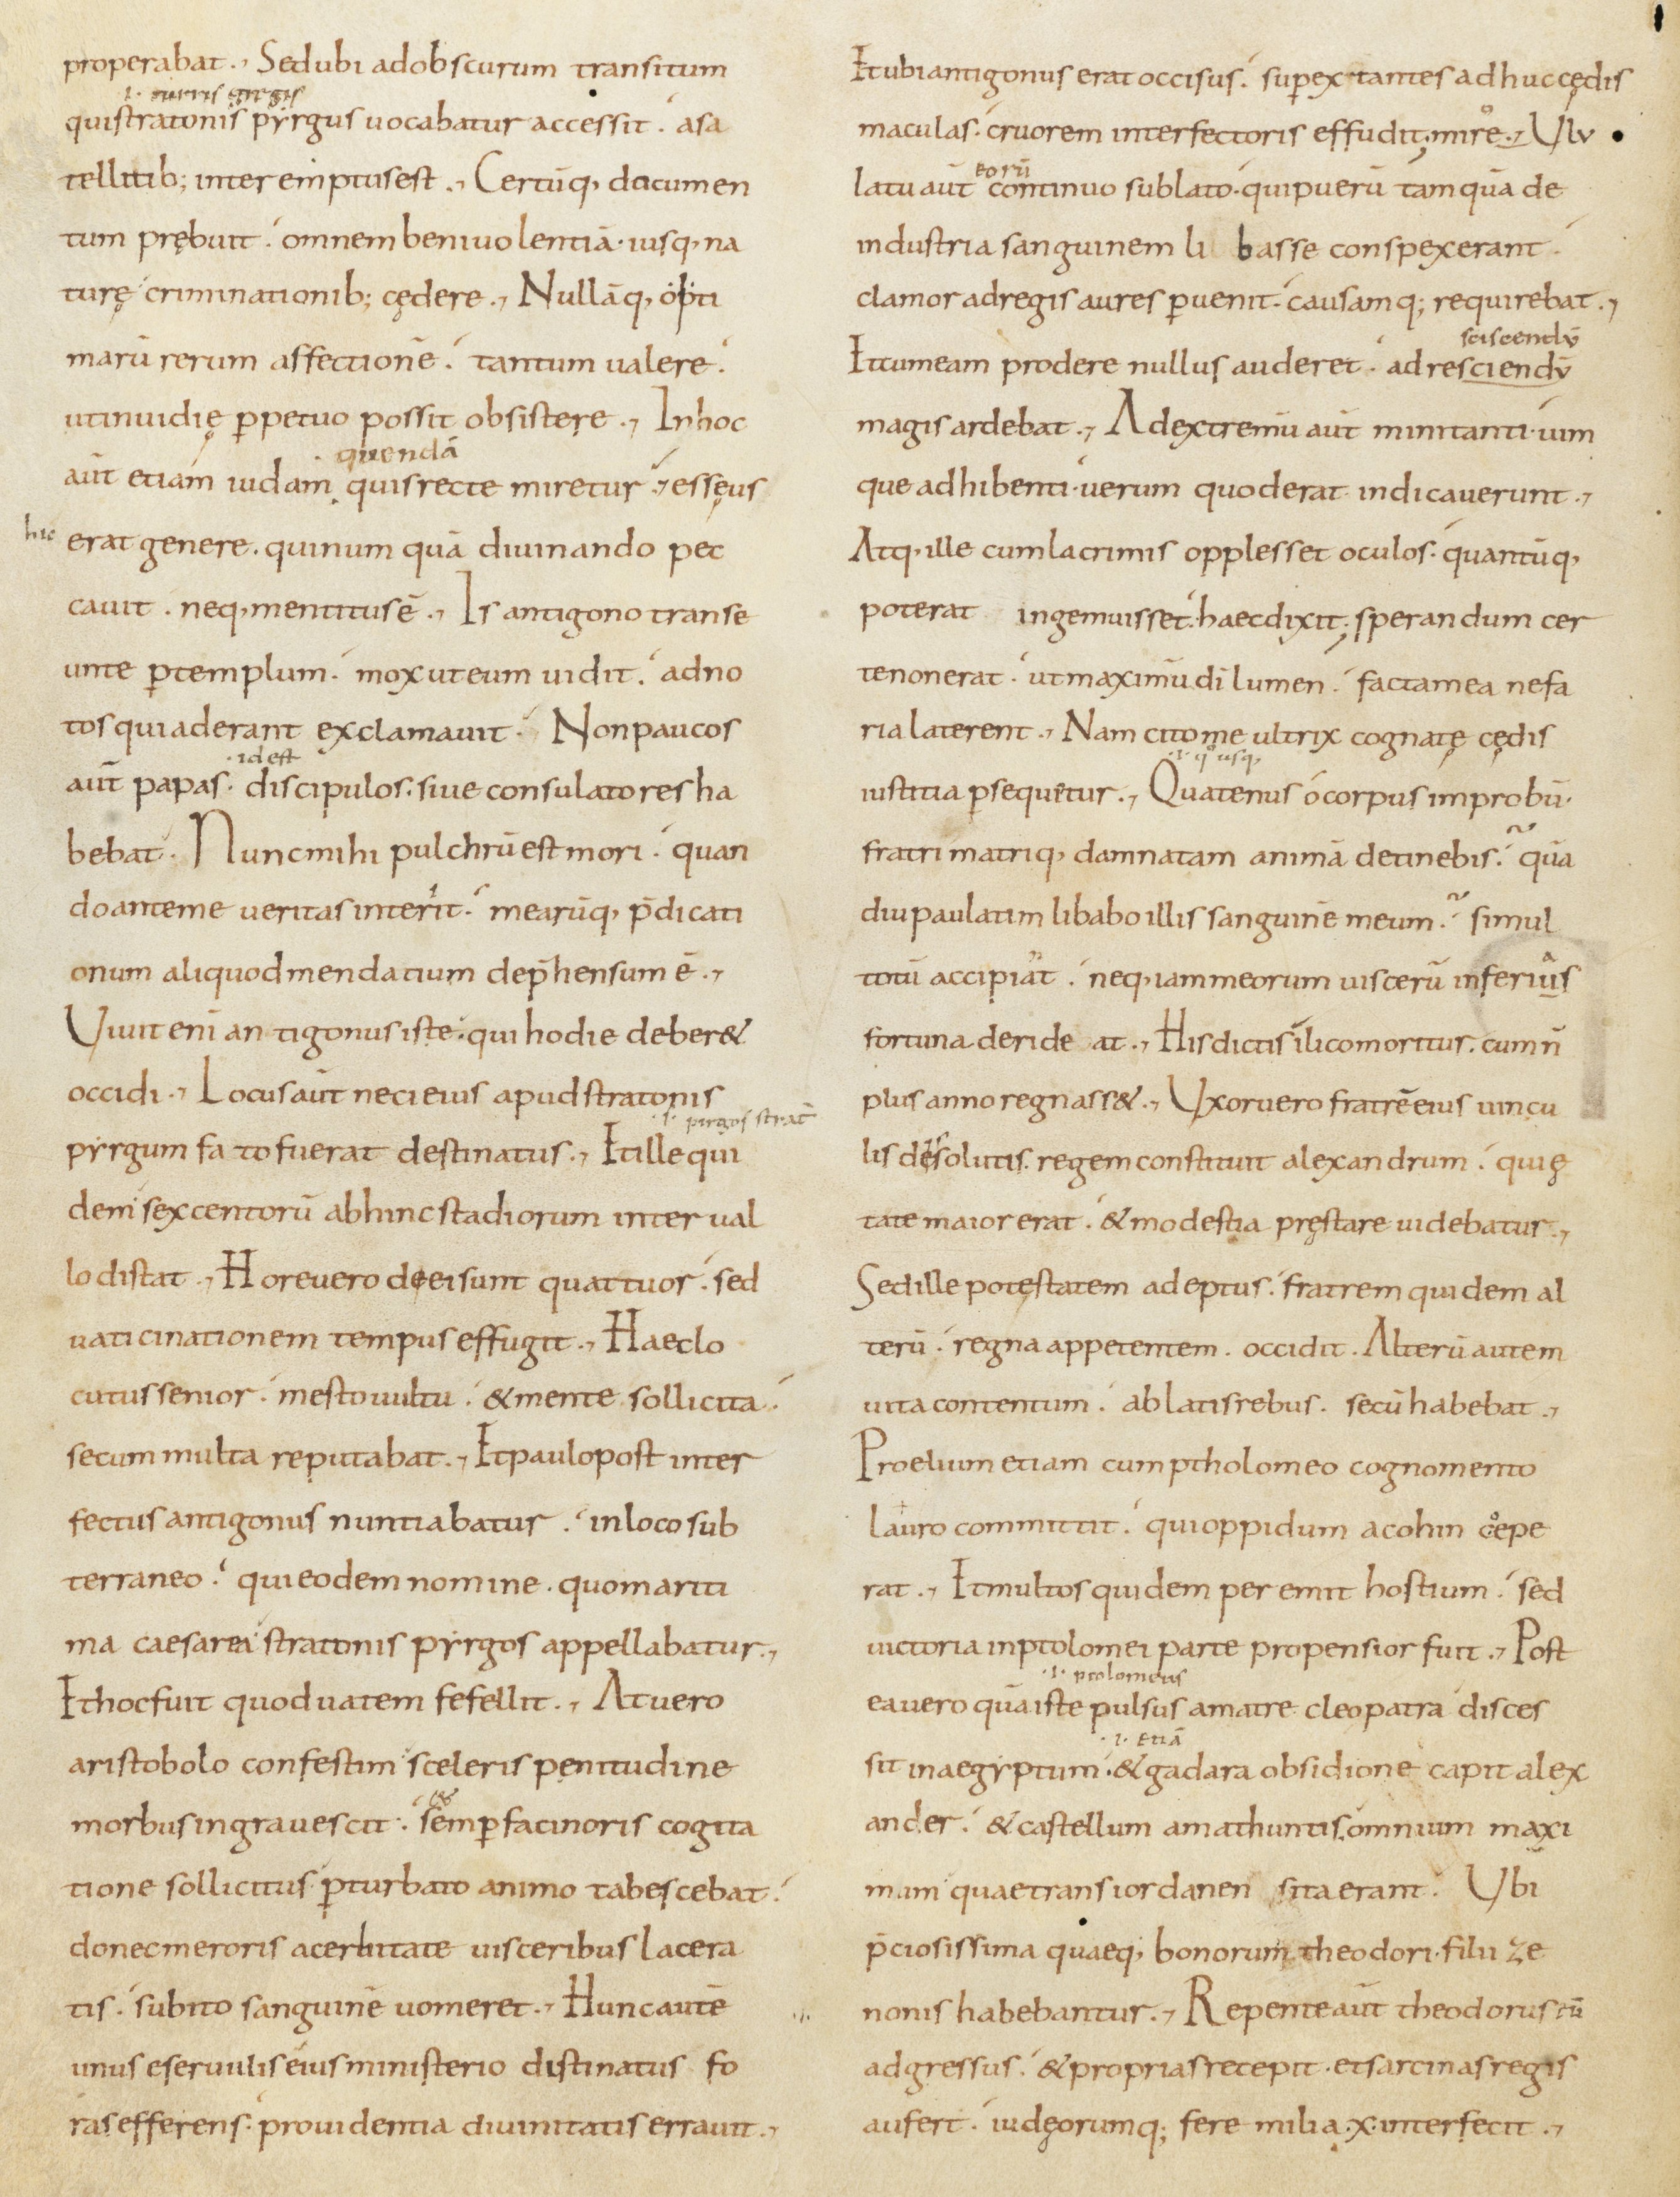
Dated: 800–899